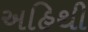
અહિથી